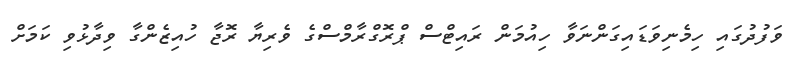
ވަފުދުގައި ހިމެނިވަޑައިގަންނަވާ ހިއުމަން ރައިޓްސް ޕްރޮގްރާމްސްގެ ވެރިޔާ ރޮޖާ ހުއިޒެންގާ ވިދާޅުވި ކަމަށް